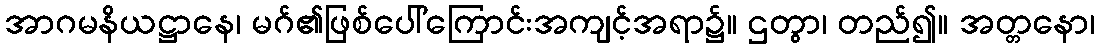
အာဂမနိယဋ္ဌာနေ၊ မဂ်၏ဖြစ်ပေါ်ကြောင်းအကျင့်အရာ၌။ ဌတွာ၊ တည်၍။ အတ္တနော၊